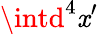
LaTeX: \intd^{4}\mathit{x}^{\prime}